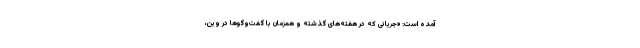
آمده است: «جریانی که در هفته‌های گذشته و همزمان با گفت‌وگوها در وین،